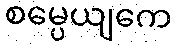
စမ္ပေယျကေ